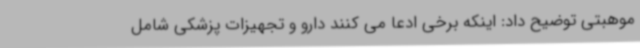
موهبتی توضیح داد: اینکه برخی ادعا می کنند دارو و تجهیزات پزشکی شامل